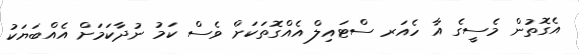
އެގޮތުން މެސީގެ އާ ހެއަރ ސްޓައިލް އެއްގޮތަކަށް ވެސް ކަމު ނުދާކަމަށް އެއްބަޔަކު